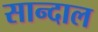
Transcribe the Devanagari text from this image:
सान्दाल